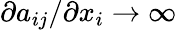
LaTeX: \partial a_{ij}/\partial x_{i}\to\infty